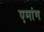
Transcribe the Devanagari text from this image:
एमांग